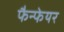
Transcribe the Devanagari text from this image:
फैन्फेयर